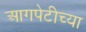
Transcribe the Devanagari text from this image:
आगपेटीच्या